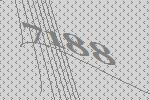
7188